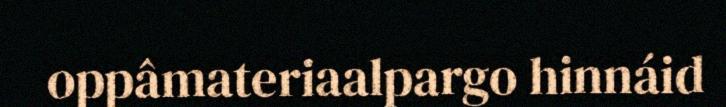
oppâmateriaalpargo hinnáid